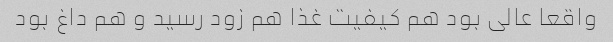
واقعا عالی بود هم کیفیت غذا هم زود رسید و هم داغ بود